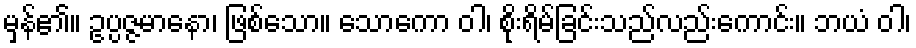
မှန်၏။ ဥပ္ပဇ္ဇမာနော၊ ဖြစ်သော။ သောကော ဝါ၊ စိုးရိမ်ခြင်းသည်လည်းကောင်း။ ဘယံ ဝါ၊